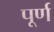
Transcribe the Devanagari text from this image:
पूर्ण